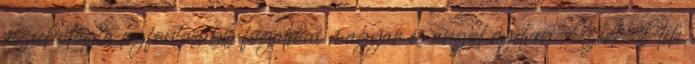
pszichológia legfontosabb fogalmai magyar és angol nyelven. Szerk. Pléh